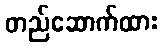
တည်ဆောက်ထား